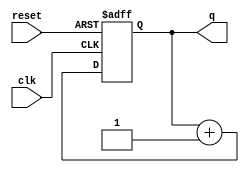
module async_counter #(
    parameter N = 4 // Parameter to define the bit width of the counter
)(
    input wire clk,        // Clock input
    input wire reset,      // Asynchronous reset input
    output reg [N-1:0] q   // Output of the counter
);

// Asynchronous reset and counter logic
always @(posedge clk or posedge reset) begin
    if (reset) begin
        q <= 0; // Reset the counter to 0
    end else begin
        q <= q + 1; // Increment the counter
    end
end

endmodule